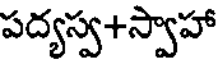
పద్యస్వ+స్వాహా